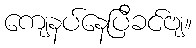
ကျေနပ်နေပြီခင်ဗျ။